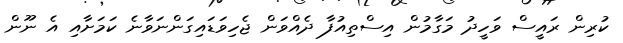
ކުރިން ރައީސް ވަހީދު މަގާމުން އިސްތިއުފާ ދެއްވަން ޖެހިވަޑައިގަންނަވާނެ ކަމަށާއި އެ ނޫން